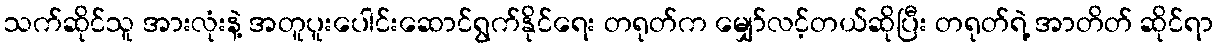
သက်ဆိုင်သူ အားလုံးနဲ့ အတူပူးပေါင်းဆောင်ရွက်နိုင်ရေး တရုတ်က မျှော်လင့်တယ်ဆိုပြီး တရုတ်ရဲ့ အာတိတ် ဆိုင်ရာ